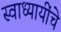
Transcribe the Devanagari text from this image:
स्वाध्यायींचे